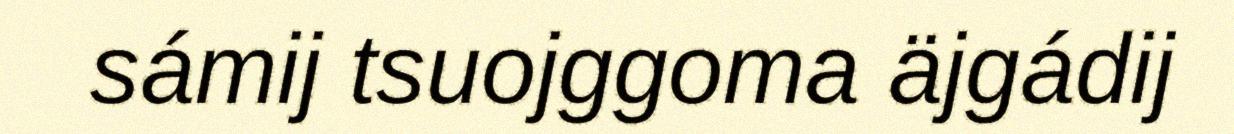
sámij tsuojggoma äjgádij